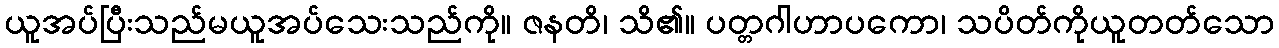
ယူအပ်ပြီးသည်မယူအပ်သေးသည်ကို။ ဇနတိ၊ သိ၏။ ပတ္တဂါဟာပကော၊ သပိတ်ကိုယူတတ်သော